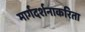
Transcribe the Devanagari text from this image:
मार्गदर्शनाकरिता